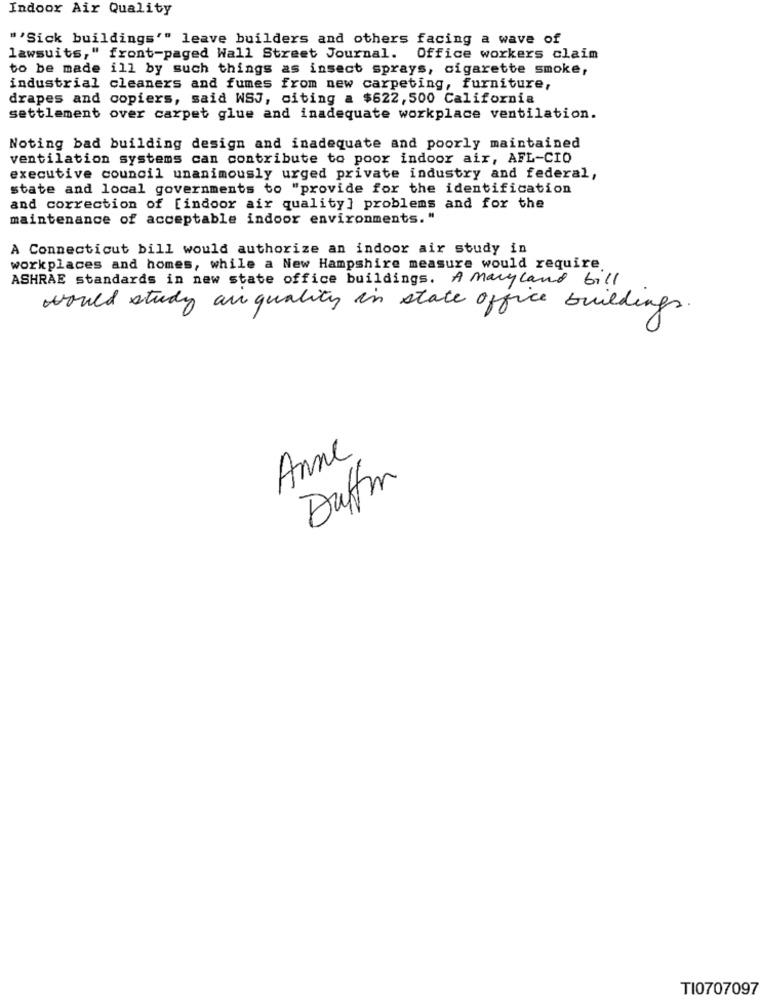
Indoor Air Quality
"'Sick buildings'" leave builders and others facing a wave of
lawsuits," front-paged Wall Street Journal.
Office workers claim
to be made ill by such things as insect sprays, cigarette smoke,
industrial cleaners and fumes from new carpeting, furniture,
drapes and copiers, said WSJ, citing a $622, 500 California
settlement over carpet glue and inadequate workplace ventilation.
Noting bad building design and inadequate and poorly maintained
ventilation systems can contribute to poor indoor air, AFL-CIO
executive council unanimously urged private industry and federal,
state and local governments to "provide for the identification
and correction of [indoor air quality] problems and for the
maintenance of acceptable indoor environments. "
A Connecticut bill would authorize an indoor air study in
workplaces and homes, while a New Hampshire measure would require
ASHRAE standards in new state office buildings. A Maryland bill
would study an quality in state office buildings.
Anne
Duftm
TI0707097